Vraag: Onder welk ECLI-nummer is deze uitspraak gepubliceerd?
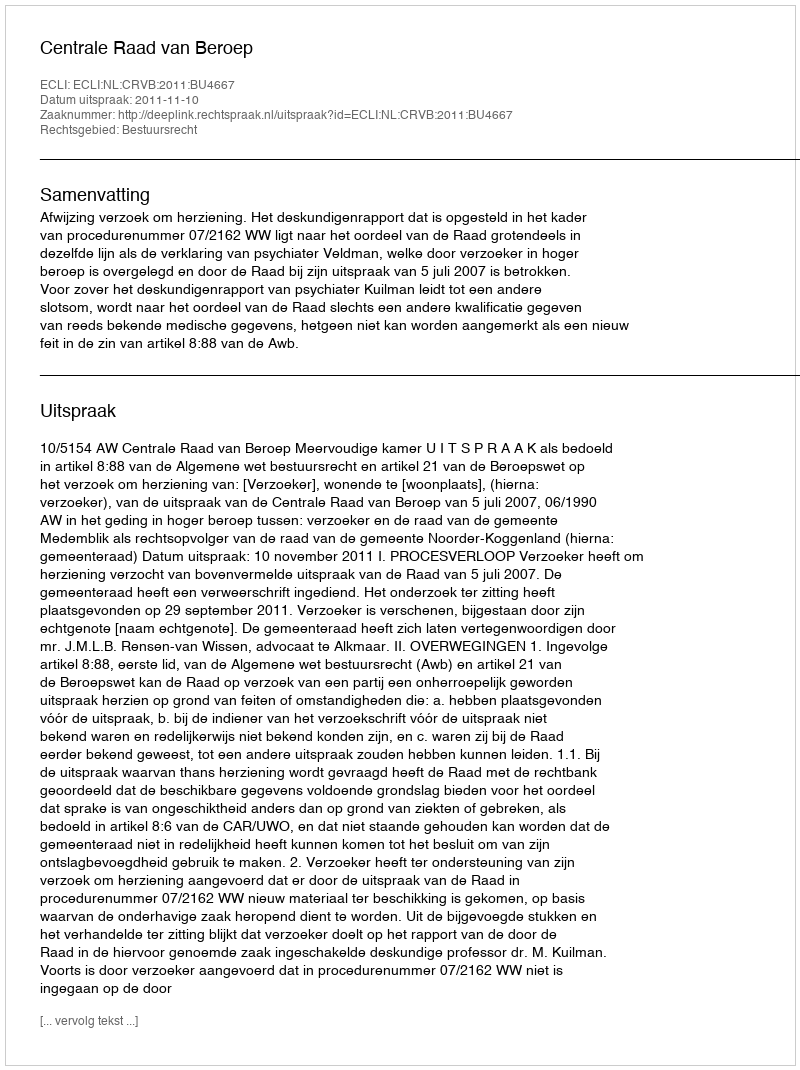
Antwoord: ECLI:NL:CRVB:2011:BU4667